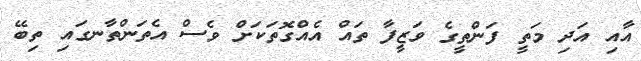
އާއި އަދި މަތީ ފަންތީގެ ވަޒީފާ ތައް އެއްގޮތަކަށް ވެސް އެތަންތާނގައި ތިބޭ